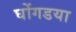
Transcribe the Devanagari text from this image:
घोंगडया